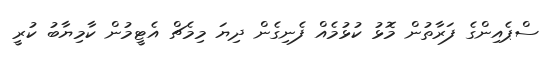
ސްޕެއިންގެ ފަރާތުން މޮޅު ކުޅުމެއް ފެނިގެން ދިޔަ މިމެޗް އެޓީމުން ކާމިޔާބު ކުރީ